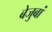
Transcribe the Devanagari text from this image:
बेजुबां